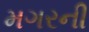
મગરની